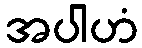
အပါဟံ